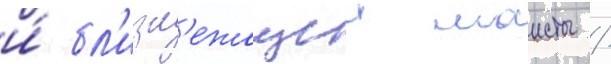
и́ бл'изл'ежащеи маисты /